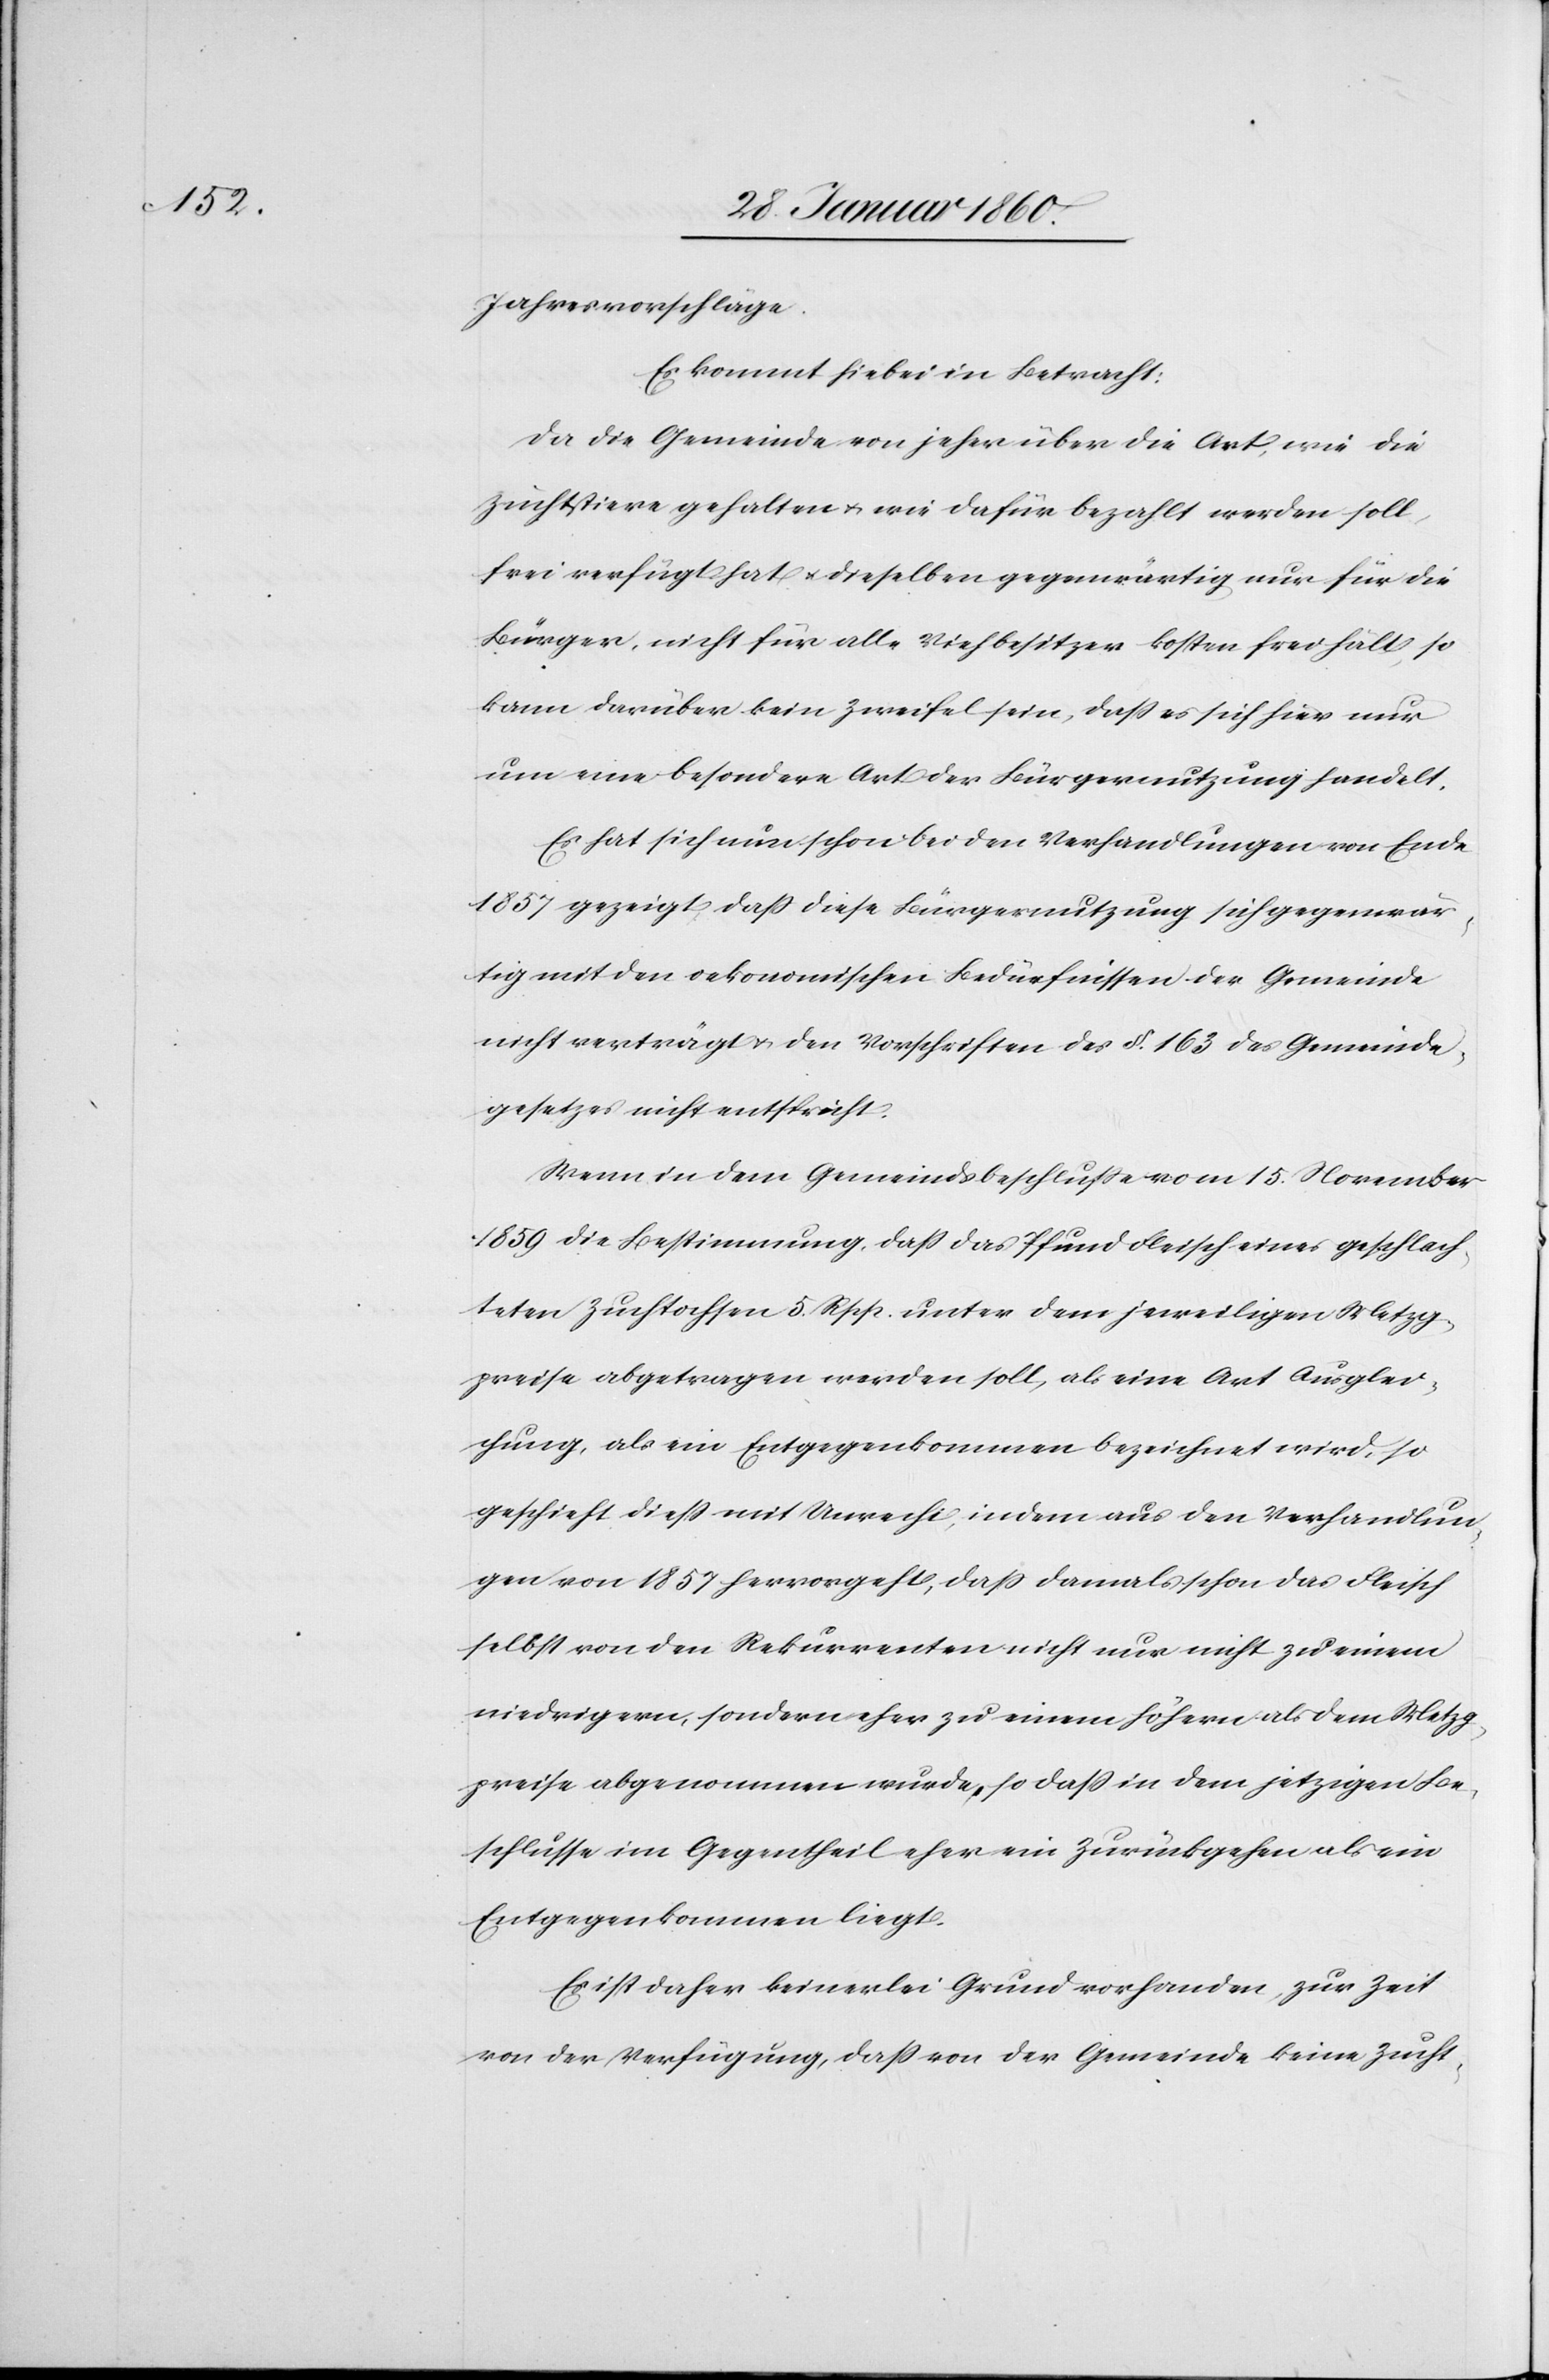
Jahresvorschläge.
Es kommt hiebei in Betracht:
Da die Gemeinde von jeher über die Art, wie die
Zuchtstiere gehalten u. wie dafür bezahlt werden soll,
frei verfügt hat u. dieselben gegenwärtig nur für die
Bürger, nicht für alle Viehbesitzer besser frei hält, so
kann darüber kein Zweifel sein, dass es sich hier nur
um eine besondere Art der Bürgernutzung handelt.
Es hat sich nun schon bei den Verhandlungen von Ende
1857 gezeigt, dass diese Bürgernutzung sich gegenwär¬
tig mit den oekonomischen Bedürfnissen der Gemeinde
nicht verträgt u. den Vorschriften des §. 163 des Gemeinde¬
gesetzes nicht entspricht.
Wenn in dem Gemeindsbeschlusse vom 15. November
1859 die Bestimmung, dass das Pfund Fleisch eines geschlach¬
teten Zuchtochsen 5. Rpp. unter dem jeweiligen Metzg¬
preise abgetragen werden soll, als eine Art Ausglei¬
chung, als ein Entgegenkommen bezeichnet wird, so
geschieht diess mit Unrecht, indem aus den Verhandlun¬
gen von 1857 hervorgeht, dass damals schon das Fleisch
selbst von den Rekurrenten nicht nur nicht zu einem
niedrigern, sondern eher zu einem höhern als dem Metzg¬
preise abgenommen wurde, so dass in dem jetzigen Be¬
schlusse im Gegentheil eher ein Zurückgehen als ein
Entgegenkommen liegt.
Es ist daher keinerlei Grund vorhanden, zur Zeit
von der Verfügung, dass von der Gemeinde keine Zucht-